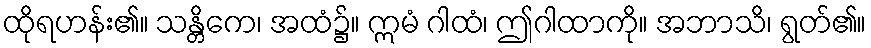
ထိုရဟန်း၏။ သန္တိကေ၊ အထံ၌။ ဣမံ ဂါထံ၊ ဤဂါထာကို။ အဘာသိ၊ ရွတ်၏။